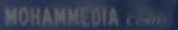
MOHAMMEDIA